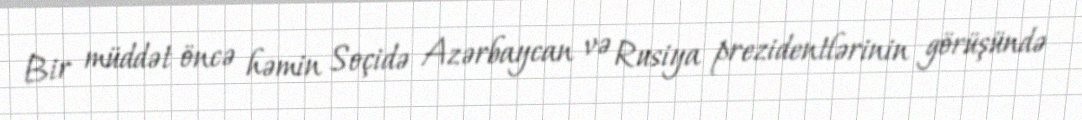
Bir müddət öncə həmin Soçidə Azərbaycan və Rusiya prezidentlərinin görüşündə